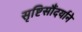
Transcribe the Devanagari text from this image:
सृष्टिसौंदर्याने